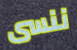
ننسى